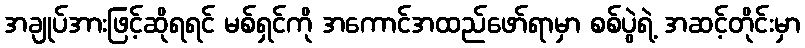
အချုပ်အားဖြင့်ဆိုရရင် မစ်ရှင်ကို အကောင်အထည်ဖော်ရာမှာ စစ်ပွဲရဲ့ အဆင့်တိုင်းမှာ